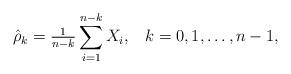
LaTeX: \begin{align*}\hat{\rho}_k= \tfrac{1}{n-k} \sum_{i=1}^{n-k} X_i, \;\;\;k=0,1,\ldots, n-1,\end{align*}